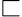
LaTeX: \sqsubset